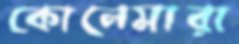
কোনেমারা